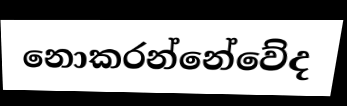
නොකරන්නේවේද